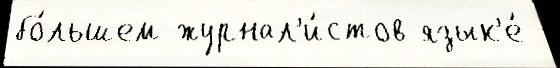
бо́льшем журнал'и́стов язык'е́